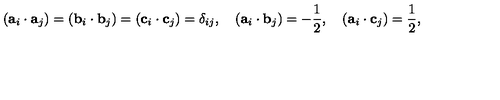
( { \bf a } _ { i } \cdot { \bf a } _ { j } ) = ( { \bf b } _ { i } \cdot { \bf b } _ { j } ) = ( { \bf c } _ { i } \cdot { \bf c } _ { j } ) = \delta _ { i j } , \quad ( { \bf a } _ { i } \cdot { \bf b } _ { j } ) = - \frac { 1 } { 2 } , \quad ( { \bf a } _ { i } \cdot { \bf c } _ { j } ) = \frac { 1 } { 2 } , \quad